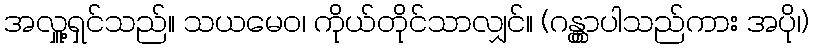
အလှူ့ရှင်သည်။ သယမေဝ၊ ကိုယ်တိုင်သာလျှင်။ (ဂန္တွာပါသည်ကား အပို၊)